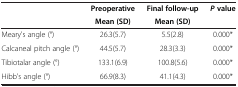
| <ROWSPAN=2>  | Preoperative | Final follow-up | <ROWSPAN=2> P value |
 | Mean (SD) | Mean (SD) |
 | --- | --- | --- | --- |
 | Meary's angle (°) | 26.3(5.7) | 5.5(2.8) | 0.000* |
 | Calcaneal pitch angle (°) | 44.5(5.7) | 28.3(3.3) | 0.000* |
 | Tibiotalar angle (°) | 133.1(6.9) | 100.8(5.6) | 0.000* |
 | Hibb's angle (°) | 66.9(8.3) | 41.1(4.3) | 0.000* |